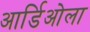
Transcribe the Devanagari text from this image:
आर्डिओला